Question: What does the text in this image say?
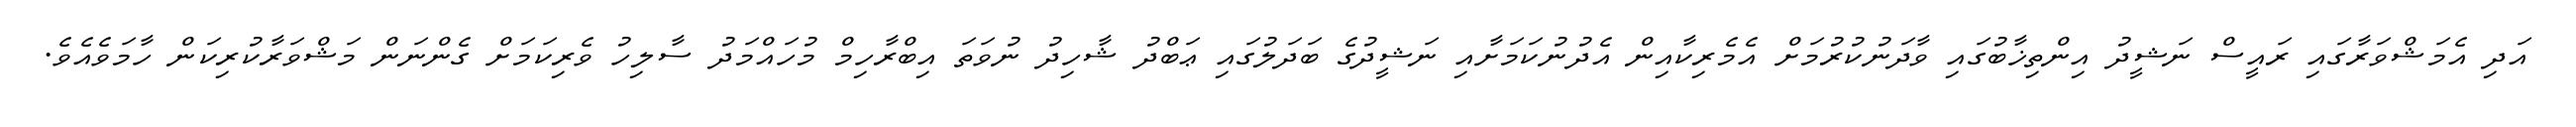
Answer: އަދި އެމަޝްވަރާގައި ރައީސް ނަޝީދު އިންތިޚާބުގައި ވާދަނުކުރުމަށް އެމެރިކާއިން އެދުނުކަމަށާއި ނަޝީދުގެ ބަދަލުގައި ޢަބްދު ޝާހިދު ނުވަތަ އިބްރާހިމް މުހައްމަދު ސާލިހު ވެރިކަމަށް ގެންނަން މަޝްވަރާކުރިކަން ހާމަވެއެވެ.